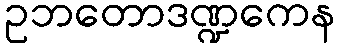
ဥဘတောဒဏ္ဍကေန